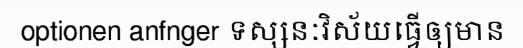
optionen anfnger ទស្សនៈវិស័យធ្វើឲ្យមាន